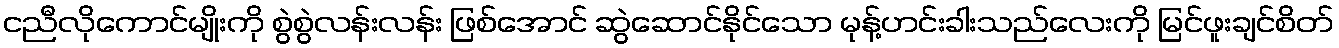
ငညီလိုကောင်မျိုးကို စွဲစွဲလန်းလန်း ဖြစ်အောင် ဆွဲဆောင်နိုင်သော မုန့်ဟင်းခါးသည်လေးကို မြင်ဖူးချင်စိတ်